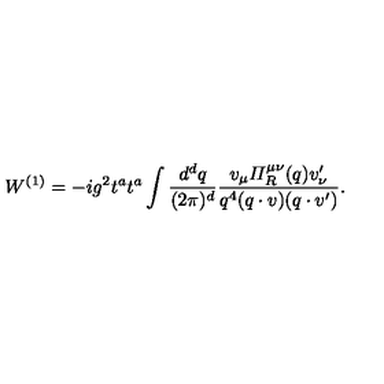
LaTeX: W ^ { ( 1 ) } = - i g ^ { 2 } t ^ { a } t ^ { a } \int \frac { d ^ { d } q } { ( 2 \pi ) ^ { d } } \frac { v _ { \mu } { \mit \Pi } _ { R } ^ { \mu \nu } ( q ) v _ { \nu } ^ { \prime } } { q ^ { 4 } ( q \cdot v ) ( q \cdot v ^ { \prime } ) } .